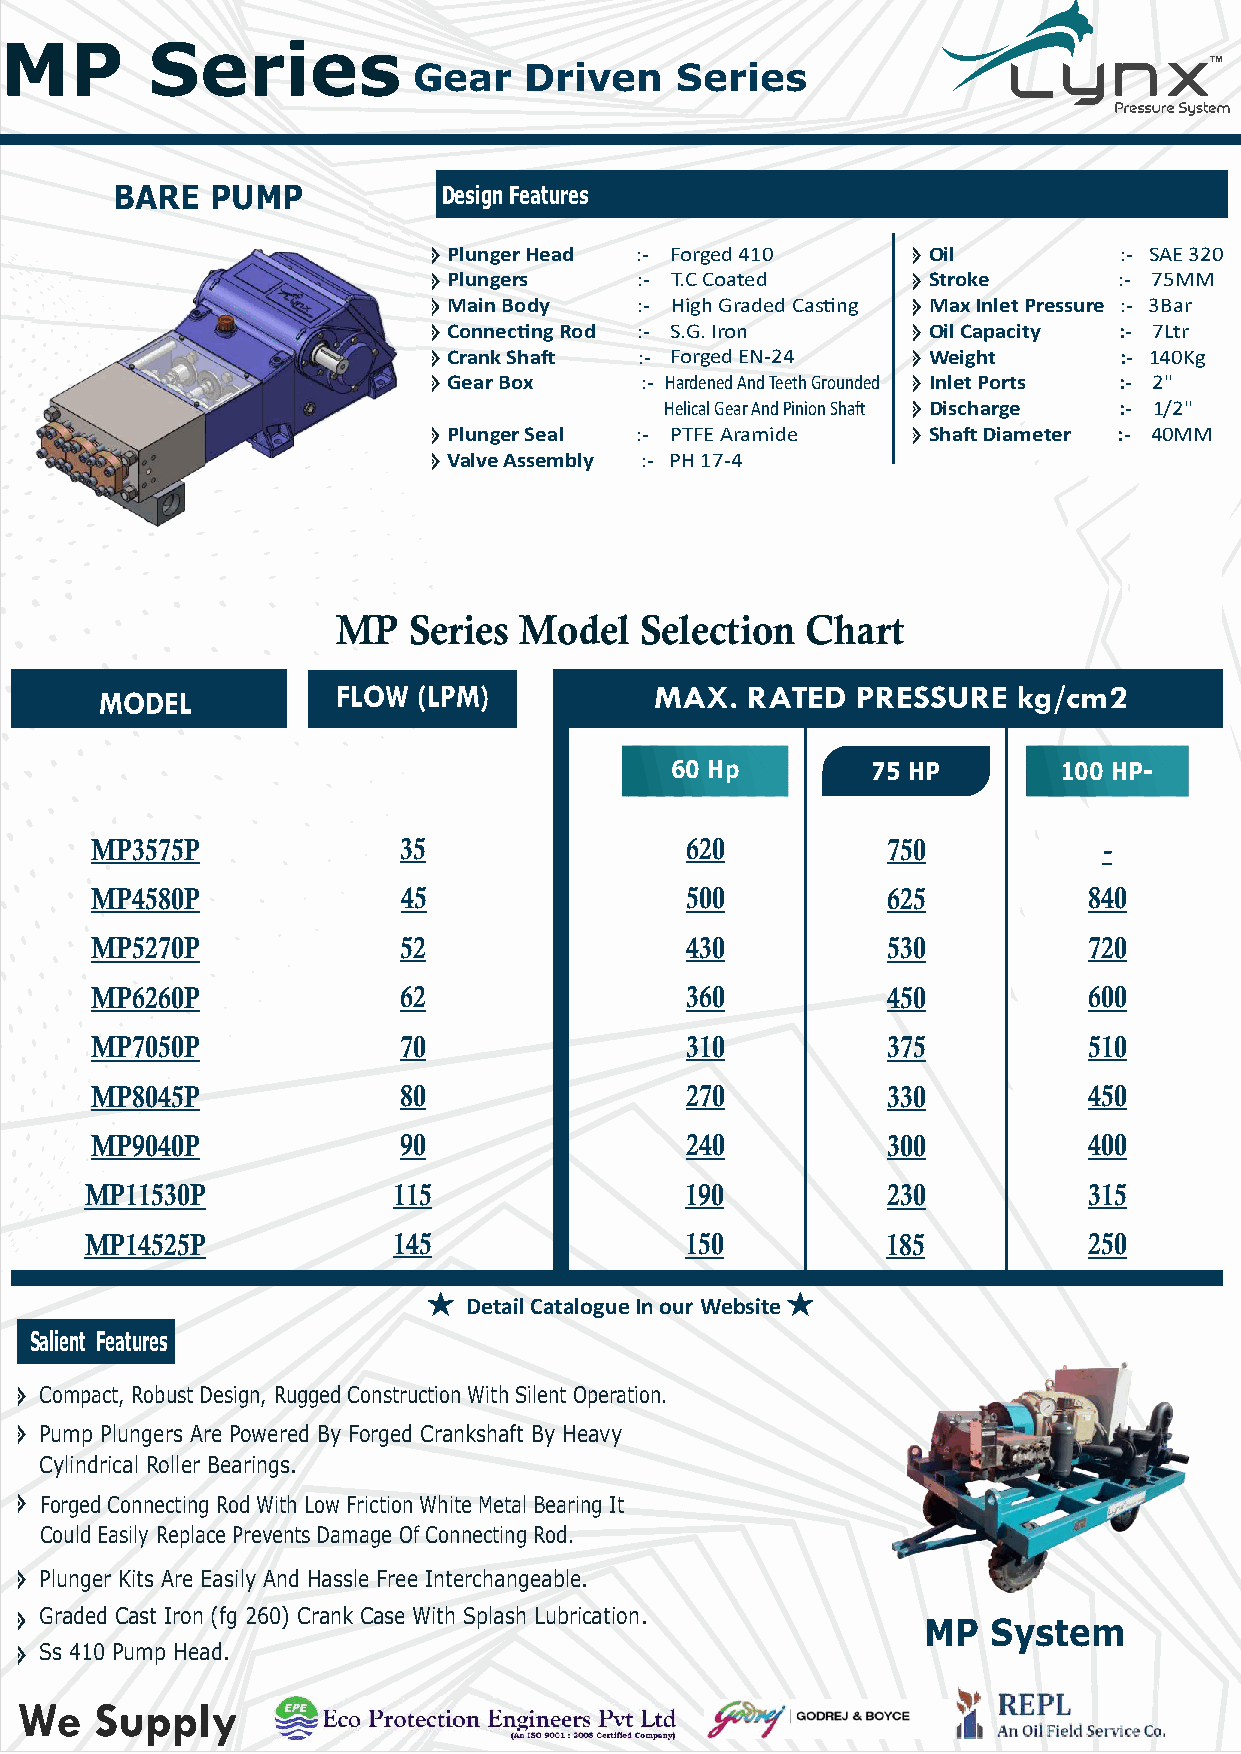
MP        Series
 Gear    Driven    Series
 BARE   PUMP           Design Features
 Plunger Head :- Forged 410     Oil          :- SAE 320
 Plungers    :- T.C Coated      Stroke       :- 75MM
 Main Body   :- High Graded Casng Max Inlet Pressure :- 3Bar
 Connecng Rod :- S.G. Iron     Oil Capacity :- 7Ltr
 Crank Sha  :- Forged EN-24    Weight       :- 140Kg
 Gear Box    :- Hardened And Teeth Grounded Inlet Ports :- 2"
 Helical Gear And Pinion Sha Discharge :- 1/2"
 Plunger Seal :- PTFE Aramide   Sha Diameter :- 40MM
 Valve Assembly :- PH 17-4
 MP   Series Model   Selection  Chart
 MODEL          FLOW  (LPM)          MAX.  RATED   PRESSURE  kg/cm2
 60 Hp         75 HP       100 HP-
 MP3575P             35                 620           750           -
 MP4580P              45                500           625          840
 MP5270P             52                 430           530          720
 MP6260P             62                 360           450          600
 MP7050P             70                 310           375          510
 MP8045P             80                 270           330          450
 MP9040P             90                 240           300          400
 MP11530P            115                190           230          315
 MP14525P            145                150           185          250
 Detail Catalogue In our Website
 Design Features
 Salient Features
 C ompact, Robust Design, Rugged Construction With Silent Operation.
 Pump Plungers Are Powered By Forged Crankshaft By Heavy
 Cylindrical Roller Bearings.
 Forged Connecting Rod With Low Friction White Metal Bearing It
 Could Easily Replace Prevents Damage Of Connecting Rod.
 Plunger Kits Are Easily And Hassle Free Interchangeable.
 Graded Cast Iron (fg 260) Crank Case With Splash Lubrication.
 MP   System
 Ss 410 Pump Head.
 We   Supply